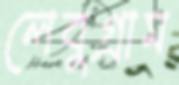
লেবুগ্রাম